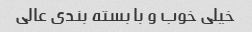
خیلی خوب و با بسته بندی عالی